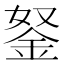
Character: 𨥬